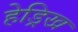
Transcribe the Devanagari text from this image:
हेड्रिख